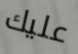
عليك